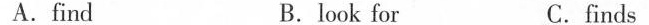
A.find B.look for C.finds